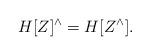
LaTeX: \begin{align*}H[Z]^{\wedge}=H[Z^{\wedge}].\end{align*}